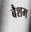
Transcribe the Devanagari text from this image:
बैशम